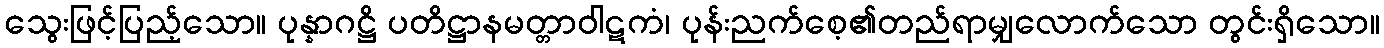
သွေးဖြင့်ပြည့်သော။ ပုန္နာဂဋ္ဌိ ပတိဋ္ဌာနမတ္တာဝါဋကံ၊ ပုန်းညက်စေ့၏တည်ရာမျှလောက်သော တွင်းရှိသော။